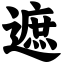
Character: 遮